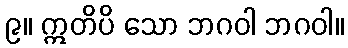
၉။ ဣတိပိ သော ဘဂဝါ ဘဂဝါ။